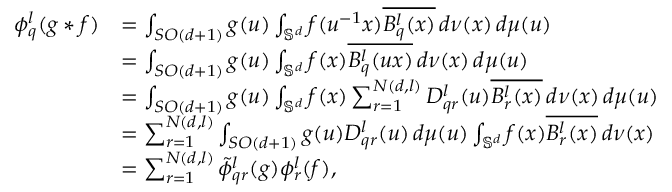
\begin{array} { r l } { \phi _ { q } ^ { l } ( g \ast f ) } & { = \int _ { S O ( d + 1 ) } g ( u ) \int _ { \mathbb { S } ^ { d } } f ( u ^ { - 1 } x ) \overline { { B _ { q } ^ { l } ( x ) } } \, d \nu ( x ) \, d \mu ( u ) } \\ & { = \int _ { S O ( d + 1 ) } g ( u ) \int _ { \mathbb { S } ^ { d } } f ( x ) \overline { { B _ { q } ^ { l } ( u x ) } } \, d \nu ( x ) \, d \mu ( u ) } \\ & { = \int _ { S O ( d + 1 ) } g ( u ) \int _ { \mathbb { S } ^ { d } } f ( x ) \sum _ { r = 1 } ^ { N ( d , l ) } D _ { q r } ^ { l } ( u ) \overline { { B _ { r } ^ { l } ( x ) } } \, d \nu ( x ) \, d \mu ( u ) } \\ & { = \sum _ { r = 1 } ^ { N ( d , l ) } \int _ { S O ( d + 1 ) } g ( u ) D _ { q r } ^ { l } ( u ) \, d \mu ( u ) \int _ { \mathbb { S } ^ { d } } f ( x ) \overline { { B _ { r } ^ { l } ( x ) } } \, d \nu ( x ) } \\ & { = \sum _ { r = 1 } ^ { N ( d , l ) } \tilde { \phi } _ { q r } ^ { l } ( g ) \phi _ { r } ^ { l } ( f ) , } \end{array}